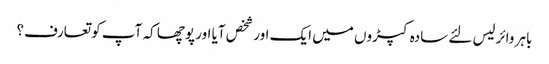
باہر وائرلیس لئے سادہ کپڑوں میں ایک اور شخص آیا اور پوچھا کہ آپ کو تعارف؟